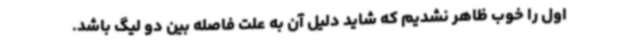
اول را خوب ظاهر نشدیم که شاید دلیل آن به علت فاصله بین دو لیگ باشد.